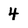
Character: 4